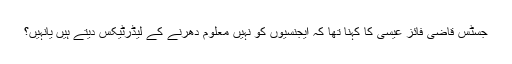
جسٹس قاضی فائز عیسی کا کہنا تھا کہ ایجنسیوں کو نہیں معلوم دھرنے کے لیڈرٹیکس دیتے ہیں یانہیں؟